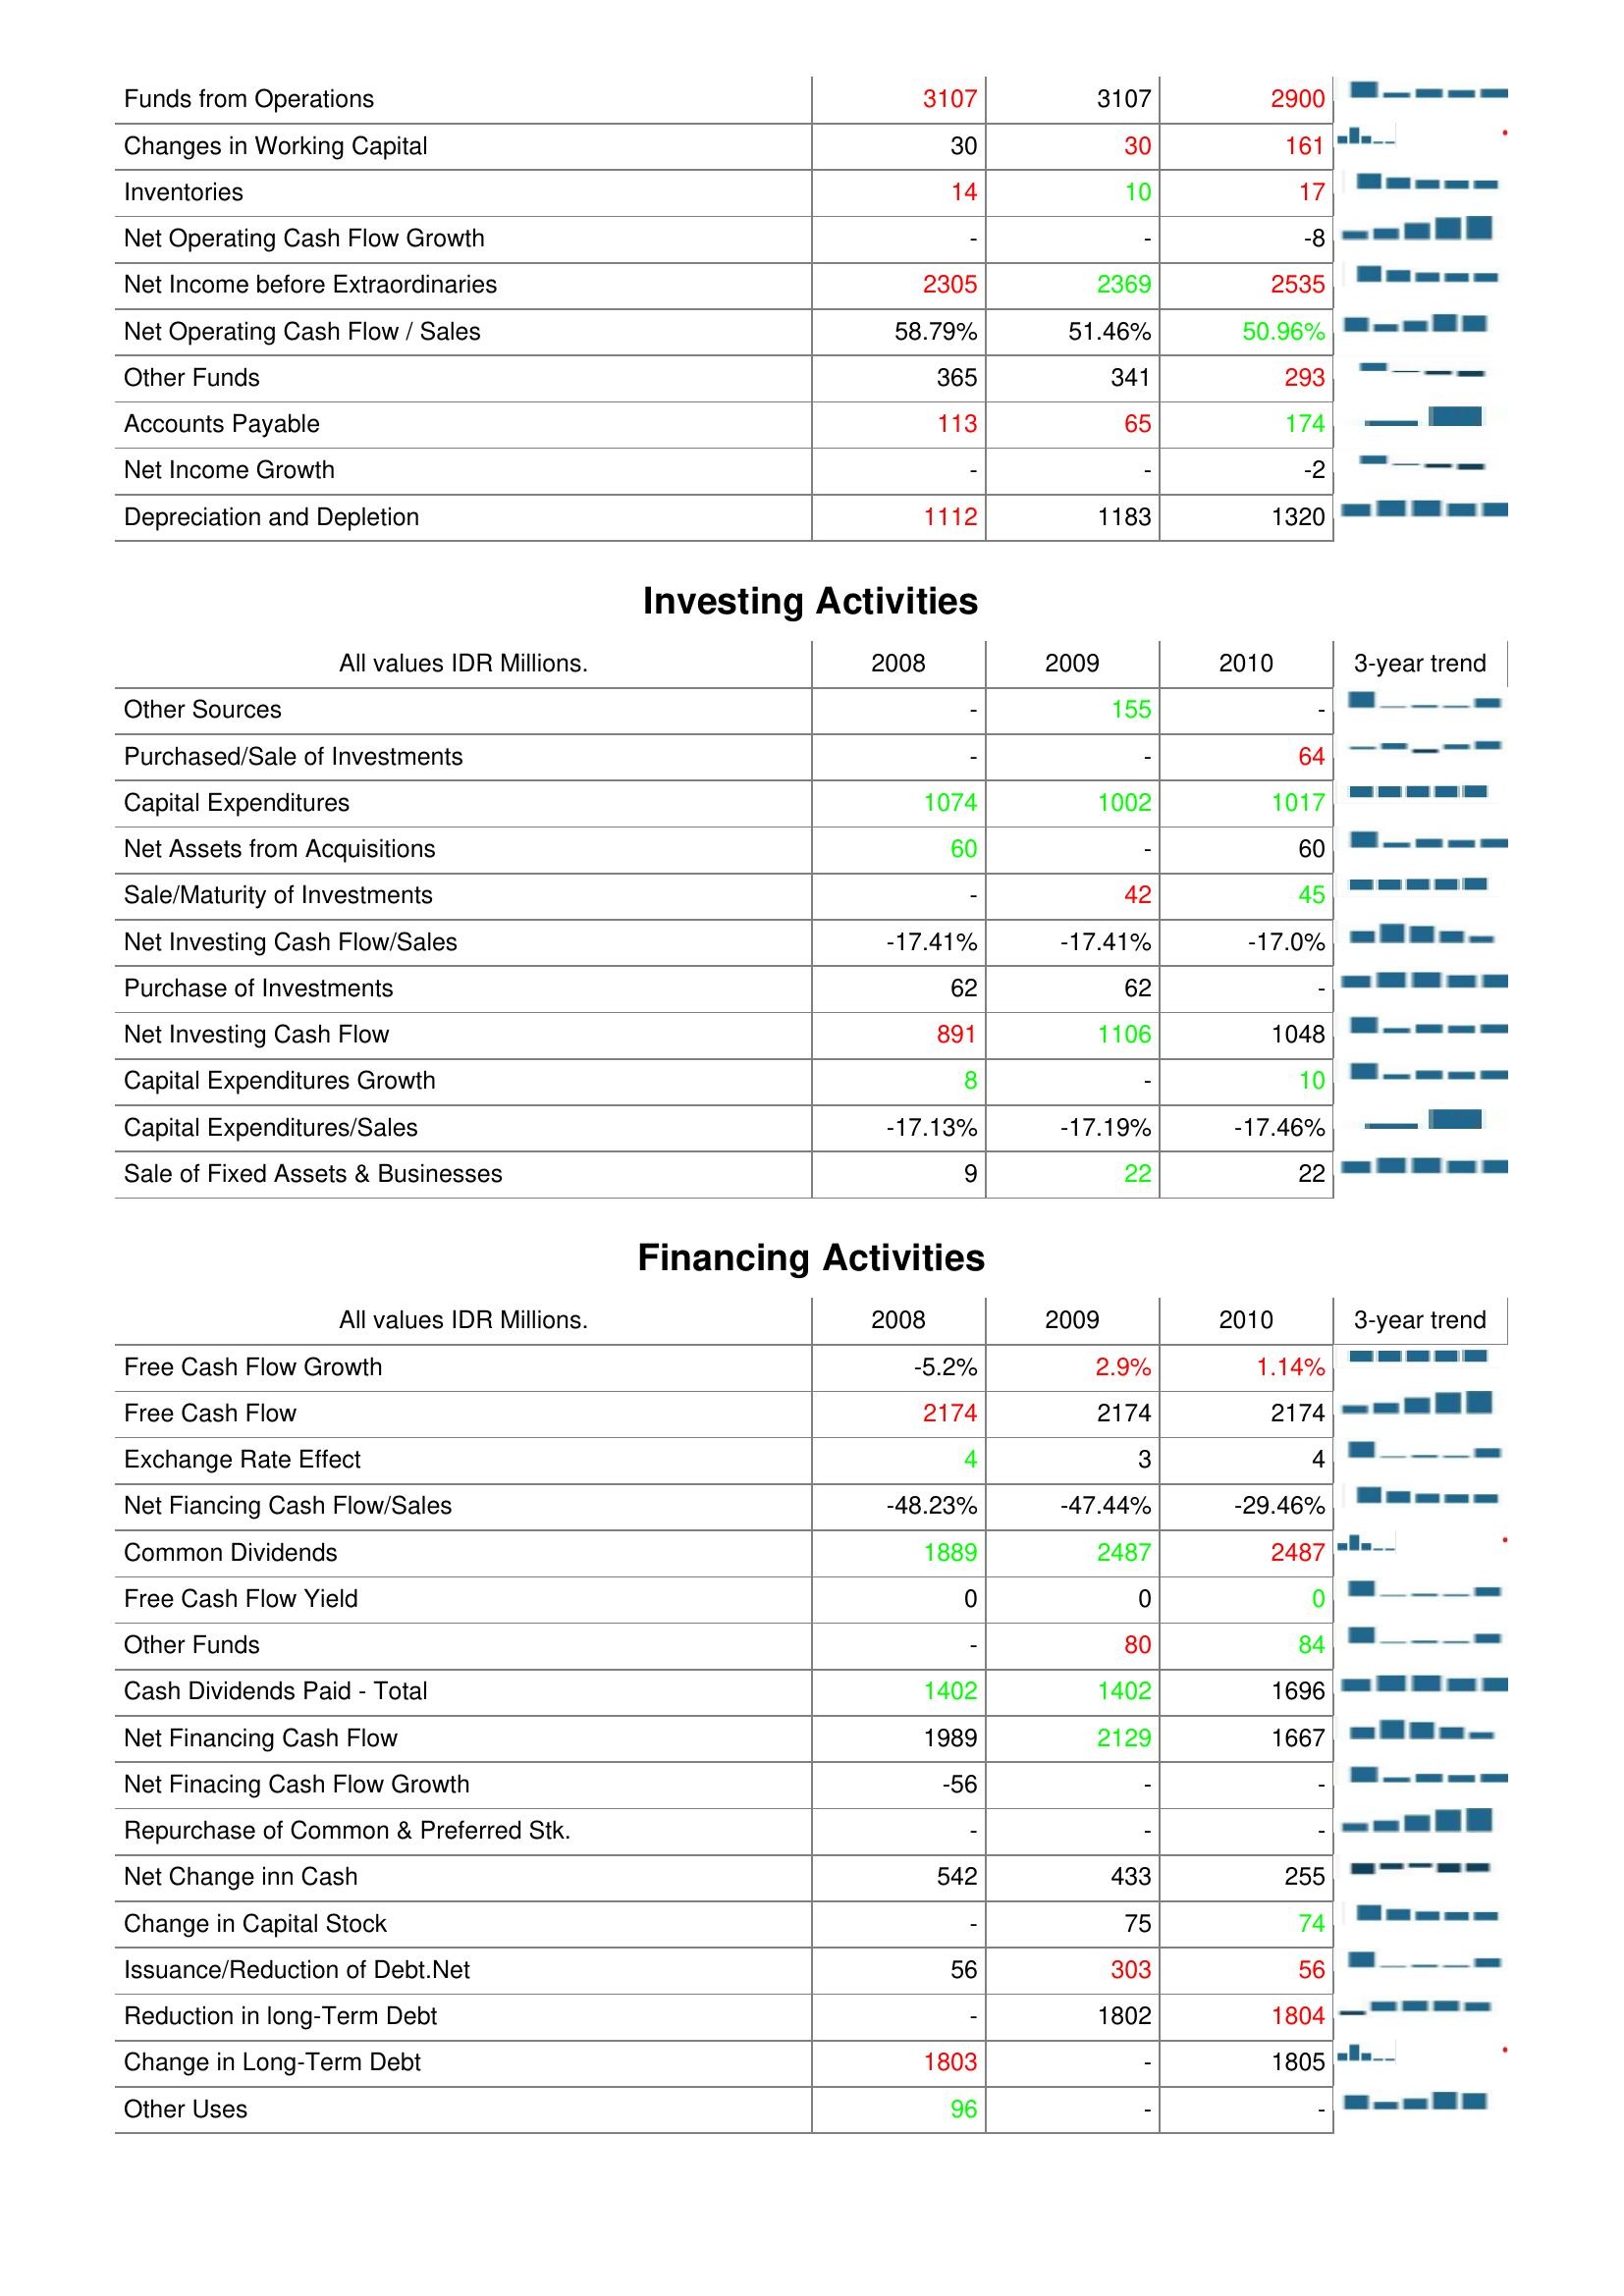
2008: Operating Activities: Funds from Operations: 3107
Changes in Working Capital: 30
Inventories: 14
Net Operating Cash Flow Growth: -
Net Income before Extraordinaries: 2305
Net Operating Cash Flow / Sales: 58.79%
Other Funds: 365
Accounts Payable: 113
Net Income Growth: -
Depreciation and Depletion: 1112
Investing Activities: Other Sources: -
Purchased/Sale of Investments: -
Capital Expenditures: 1074
Net Assets from Acquisitions: 60
Sale/Maturity of Investments: -
Net Investing Cash Flow/Sales: -17.41%
Purchase of Investments: 62
Net Investing Cash Flow: 891
Capital Expenditures Growth: 8
Capital Expenditures/Sales: -17.13%
Sale of Fixed Assets & Businesses: 9
Financing Activities: Free Cash Flow Growth: -5.2%
Free Cash Flow: 2174
Exchange Rate Effect: 4
Net Fiancing Cash Flow/Sales: -48.23%
Common Dividends: 1889
Free Cash Flow Yield: 0
Other Funds: -
Cash Dividends Paid - Total: 1402
Net Financing Cash Flow: 1989
Net Finacing Cash Flow Growth: -56
Repurchase of Common & Preferred Stk.: -
Net Change inn Cash: 542
Change in Capital Stock: -
Issuance/Reduction of Debt.Net: 56
Reduction in long-Term Debt: -
Change in Long-Term Debt: 1803
Other Uses: 96
2009: Operating Activities: Funds from Operations: 3107
Changes in Working Capital: 30
Inventories: 10
Net Operating Cash Flow Growth: -
Net Income before Extraordinaries: 2369
Net Operating Cash Flow / Sales: 51.46%
Other Funds: 341
Accounts Payable: 65
Net Income Growth: -
Depreciation and Depletion: 1183
Investing Activities: Other Sources: 155
Purchased/Sale of Investments: -
Capital Expenditures: 1002
Net Assets from Acquisitions: -
Sale/Maturity of Investments: 42
Net Investing Cash Flow/Sales: -17.41%
Purchase of Investments: 62
Net Investing Cash Flow: 1106
Capital Expenditures Growth: -
Capital Expenditures/Sales: -17.19%
Sale of Fixed Assets & Businesses: 22
Financing Activities: Free Cash Flow Growth: 2.9%
Free Cash Flow: 2174
Exchange Rate Effect: 3
Net Fiancing Cash Flow/Sales: -47.44%
Common Dividends: 2487
Free Cash Flow Yield: 0
Other Funds: 80
Cash Dividends Paid - Total: 1402
Net Financing Cash Flow: 2129
Net Finacing Cash Flow Growth: -
Repurchase of Common & Preferred Stk.: -
Net Change inn Cash: 433
Change in Capital Stock: 75
Issuance/Reduction of Debt.Net: 303
Reduction in long-Term Debt: 1802
Change in Long-Term Debt: -
Other Uses: -
2010: Operating Activities: Funds from Operations: 2900
Changes in Working Capital: 161
Inventories: 17
Net Operating Cash Flow Growth: -8
Net Income before Extraordinaries: 2535
Net Operating Cash Flow / Sales: 50.96%
Other Funds: 293
Accounts Payable: 174
Net Income Growth: -2
Depreciation and Depletion: 1320
Investing Activities: Other Sources: -
Purchased/Sale of Investments: 64
Capital Expenditures: 1017
Net Assets from Acquisitions: 60
Sale/Maturity of Investments: 45
Net Investing Cash Flow/Sales: -17.0%
Purchase of Investments: -
Net Investing Cash Flow: 1048
Capital Expenditures Growth: 10
Capital Expenditures/Sales: -17.46%
Sale of Fixed Assets & Businesses: 22
Financing Activities: Free Cash Flow Growth: 1.14%
Free Cash Flow: 2174
Exchange Rate Effect: 4
Net Fiancing Cash Flow/Sales: -29.46%
Common Dividends: 2487
Free Cash Flow Yield: 0
Other Funds: 84
Cash Dividends Paid - Total: 1696
Net Financing Cash Flow: 1667
Net Finacing Cash Flow Growth: -
Repurchase of Common & Preferred Stk.: -
Net Change inn Cash: 255
Change in Capital Stock: 74
Issuance/Reduction of Debt.Net: 56
Reduction in long-Term Debt: 1804
Change in Long-Term Debt: 1805
Other Uses: -